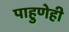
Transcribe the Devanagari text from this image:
पाहुणेही